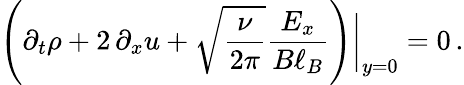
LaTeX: \left(\partial_{t}\rho+2\, \partial_{x}u+\sqrt{\frac{\nu}{2\pi}}\frac{E_{x}}{B\ell_{B}}\right)\bigg|_{y=0}=0\, .